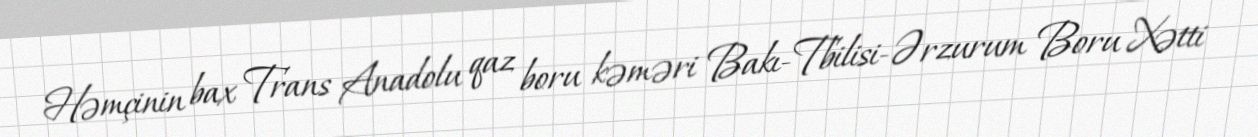
Həmçinin bax Trans Anadolu qaz boru kəməri Bakı-Tbilisi-Ərzurum Boru Xətti